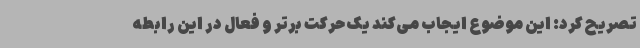
تصریح کرد: این موضوع ایجاب می‌کند یک حرکت برتر و فعال در این رابطه